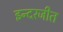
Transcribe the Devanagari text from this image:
इन्दरजीत